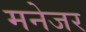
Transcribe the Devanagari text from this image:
मनेजर